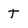
Character: t